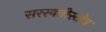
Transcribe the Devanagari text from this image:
सरस्वतीस्तोत्र